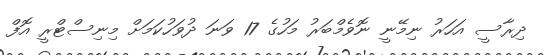
ދިރާސީ އަހަރު ނިމޭނީ ނޮވެމްބަރު މަހުގެ 17 ވަނަ ދުވަހުކަމަށް މިނިސްޓްރީ އޮފް